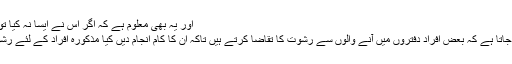
اور يہ بھى معلوم ہے کہ اگر اس نے ايسا نہ کيا تو اسے مشکلات ...
کبھى کبھار ديکھا جاتا ہے کہ بعض افراد دفتروں ميں آنے والوں سے رشوت کا تقاضا کرتے ہيں تاکہ ان کا کام انجام ديں کيا مذکورہ افراد کے لئے رشوت دينا جائز ہے؟